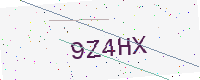
Text: 9Z4HX